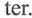
ter.